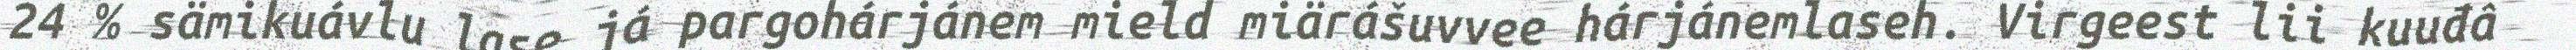
24 % sämikuávlu lase já pargohárjánem mield miärášuvvee hárjánemlaseh. Virgeest lii kuuđâ